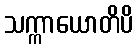
သက္ကာယောတိပိ